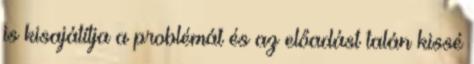
is kisajátítja a problémát és az előadást talán kissé